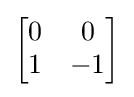
{\begin{bmatrix}0&0\\1&-1\end{bmatrix}}